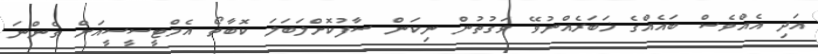
އަދި އެއްވެސް ބައެއްގެ ޚަބަރެއްނުވޭ ވަގުތުން ނިކަން ސާފުކޮށްލަބަލަ ކޮބާތޯ އެމްޓީސީސީއަށް ގެންނަ